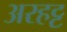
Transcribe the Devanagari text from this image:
अरहट्ट